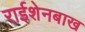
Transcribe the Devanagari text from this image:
राईशेनबाख